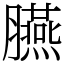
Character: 臙